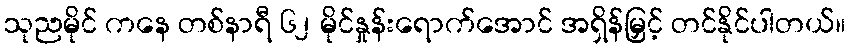
သုညမိုင် ကနေ တစ်နာရီ ၆၂ မိုင်နှုန်းရောက်အောင် အရှိန်မြှင့် တင်နိုင်ပါတယ်။